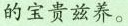
的宝贵兹养。